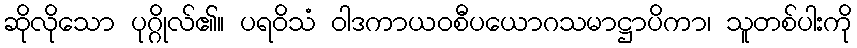
ဆိုလိုသော ပုဂ္ဂိုလ်၏။ ပရဝိသံ ဝါဒကာယဝစီပယောဂသမာဋ္ဌာပိကာ၊ သူတစ်ပါးကို